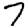
Digit: 7